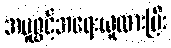
အမှုဖွင့်အရေးယူထားပြီး